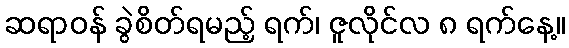
ဆရာဝန် ခွဲစိတ်ရမည့် ရက်၊ ဇူလိုင်လ ၈ ရက်နေ့။